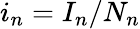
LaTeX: i_{n}=I_{n}/N_{n}